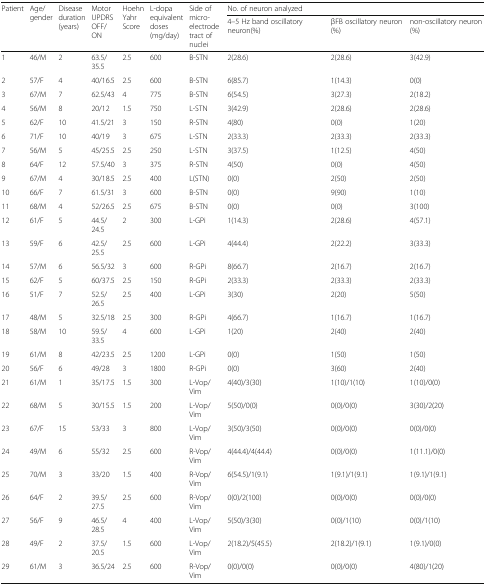
<table><thead><tr><td rowspan="2"><b>Patient</b></td><td rowspan="2"><b>Age/gender</b></td><td rowspan="2"><b>Disease duration(years)</b></td><td rowspan="2"><b>MotorUPDRSOFF/ON</b></td><td rowspan="2"><b>HoehnYahr Score</b></td><td rowspan="2"><b>L-dopa equivalentdoses (mg/day)</b></td><td rowspan="2"><b>Side of micro- electrode tract of nuclei</b></td><td colspan="3"><b>No. of neuron analyzed</b></td></tr><tr><td><b>4–5 Hz band oscillatory neuron(%)</b></td><td><b>βFB oscillatory neuron (%)</b></td><td><b>non-oscillatory neuron (%)</b></td></tr></thead><tbody><tr><td>1</td><td>46/M</td><td>2</td><td>63.5/35.5</td><td>2.5</td><td>600</td><td>B-STN</td><td>2(28.6)</td><td>2(28.6)</td><td>3(42.9)</td></tr><tr><td>2</td><td>57/F</td><td>4</td><td>40/16.5</td><td>2.5</td><td>600</td><td>B-STN</td><td>6(85.7)</td><td>1(14.3)</td><td>0(0)</td></tr><tr><td>3</td><td>67/M</td><td>7</td><td>62.5/43</td><td>4</td><td>775</td><td>B-STN</td><td>6(54.5)</td><td>3(27.3)</td><td>2(18.2)</td></tr><tr><td>4</td><td>56/M</td><td>8</td><td>20/12</td><td>1.5</td><td>750</td><td>L-STN</td><td>3(42.9)</td><td>2(28.6)</td><td>2(28.6)</td></tr><tr><td>5</td><td>62/F</td><td>10</td><td>41.5/21</td><td>3</td><td>150</td><td>R-STN</td><td>4(80)</td><td>0(0)</td><td>1(20)</td></tr><tr><td>6</td><td>71/F</td><td>10</td><td>40/19</td><td>3</td><td>675</td><td>L-STN</td><td>2(33.3)</td><td>2(33.3)</td><td>2(33.3)</td></tr><tr><td>7</td><td>56/M</td><td>5</td><td>45/25.5</td><td>2.5</td><td>250</td><td>L-STN</td><td>3(37.5)</td><td>1(12.5)</td><td>4(50)</td></tr><tr><td>8</td><td>64/F</td><td>12</td><td>57.5/40</td><td>3</td><td>375</td><td>R-STN</td><td>4(50)</td><td>0(0)</td><td>4(50)</td></tr><tr><td>9</td><td>67/M</td><td>4</td><td>30/18.5</td><td>2.5</td><td>400</td><td>L(STN)</td><td>0(0)</td><td>2(50)</td><td>2(50)</td></tr><tr><td>10</td><td>66/F</td><td>7</td><td>61.5/31</td><td>3</td><td>600</td><td>B-STN</td><td>0(0)</td><td>9(90)</td><td>1(10)</td></tr><tr><td>11</td><td>68/M</td><td>4</td><td>52/26.5</td><td>2.5</td><td>675</td><td>B-STN</td><td>0(0)</td><td>0(0)</td><td>3(100)</td></tr><tr><td>12</td><td>61/F</td><td>5</td><td>44.5/24.5</td><td>2</td><td>300</td><td>L-GPi</td><td>1(14.3)</td><td>2(28.6)</td><td>4(57.1)</td></tr><tr><td>13</td><td>59/F</td><td>6</td><td>42.5/25.5</td><td>2.5</td><td>600</td><td>L-GPi</td><td>4(44.4)</td><td>2(22.2)</td><td>3(33.3)</td></tr><tr><td>14</td><td>57/M</td><td>6</td><td>56.5/32</td><td>3</td><td>600</td><td>R-GPi</td><td>8(66.7)</td><td>2(16.7)</td><td>2(16.7)</td></tr><tr><td>15</td><td>62/F</td><td>5</td><td>60/37.5</td><td>2.5</td><td>150</td><td>R-GPi</td><td>2(33.3)</td><td>2(33.3)</td><td>2(33.3)</td></tr><tr><td>16</td><td>51/F</td><td>7</td><td>52.5/26.5</td><td>2.5</td><td>400</td><td>L-GPi</td><td>3(30)</td><td>2(20)</td><td>5(50)</td></tr><tr><td>17</td><td>48/M</td><td>5</td><td>32.5/18</td><td>2.5</td><td>300</td><td>R-GPi</td><td>4(66.7)</td><td>1(16.7)</td><td>1(16.7)</td></tr><tr><td>18</td><td>58/M</td><td>10</td><td>59.5/33.5</td><td>4</td><td>600</td><td>L-GPi</td><td>1(20)</td><td>2(40)</td><td>2(40)</td></tr><tr><td>19</td><td>61/M</td><td>8</td><td>42/23.5</td><td>2.5</td><td>1200</td><td>L-GPi</td><td>0(0)</td><td>1(50)</td><td>1(50)</td></tr><tr><td>20</td><td>56/F</td><td>6</td><td>49/28</td><td>3</td><td>1800</td><td>R-GPi</td><td>0(0)</td><td>3(60)</td><td>2(40)</td></tr><tr><td>21</td><td>61/M</td><td>1</td><td>35/17.5</td><td>1.5</td><td>300</td><td>L-Vop/Vim</td><td>4(40)/3(30)</td><td>1(10)/1(10)</td><td>1(10)/0(0)</td></tr><tr><td>22</td><td>68/M</td><td>5</td><td>30/15.5</td><td>1.5</td><td>200</td><td>L-Vop/Vim</td><td>5(50)/0(0)</td><td>0(0)/0(0)</td><td>3(30)/2(20)</td></tr><tr><td>23</td><td>67/F</td><td>15</td><td>53/33</td><td>3</td><td>800</td><td>L-Vop/Vim</td><td>3(50)/3(50)</td><td>0(0)/0(0)</td><td>0(0)/0(0)</td></tr><tr><td>24</td><td>49/M</td><td>6</td><td>55/32</td><td>2.5</td><td>600</td><td>R-Vop/Vim</td><td>4(44.4)/4(44.4)</td><td>0(0)/0(0)</td><td>1(11.1)/0(0)</td></tr><tr><td>25</td><td>70/M</td><td>3</td><td>33/20</td><td>1.5</td><td>400</td><td>R-Vop/Vim</td><td>6(54.5)/1(9.1)</td><td>1(9.1)/1(9.1)</td><td>1(9.1)/1(9.1)</td></tr><tr><td>26</td><td>64/F</td><td>2</td><td>39.5/27.5</td><td>2.5</td><td>600</td><td>R-Vop/Vim</td><td>0(0)/2(100)</td><td>0(0)/0(0)</td><td>0(0)/0(0)</td></tr><tr><td>27</td><td>56/F</td><td>9</td><td>46.5/28.5</td><td>4</td><td>400</td><td>L-Vop/Vim</td><td>5(50)/3(30)</td><td>0(0)/1(10)</td><td>0(0)/1(10)</td></tr><tr><td>28</td><td>49/F</td><td>2</td><td>37.5/20.5</td><td>1.5</td><td>600</td><td>L-Vop/Vim</td><td>2(18.2)/5(45.5)</td><td>2(18.2)/1(9.1)</td><td>1(9.1)/0(0)</td></tr><tr><td>29</td><td>61/M</td><td>3</td><td>36.5/24</td><td>2.5</td><td>600</td><td>R-Vop/Vim</td><td>0(0)/0(0)</td><td>0(0)/0(0)</td><td>4(80)/1(20)</td></tr></tbody></table>